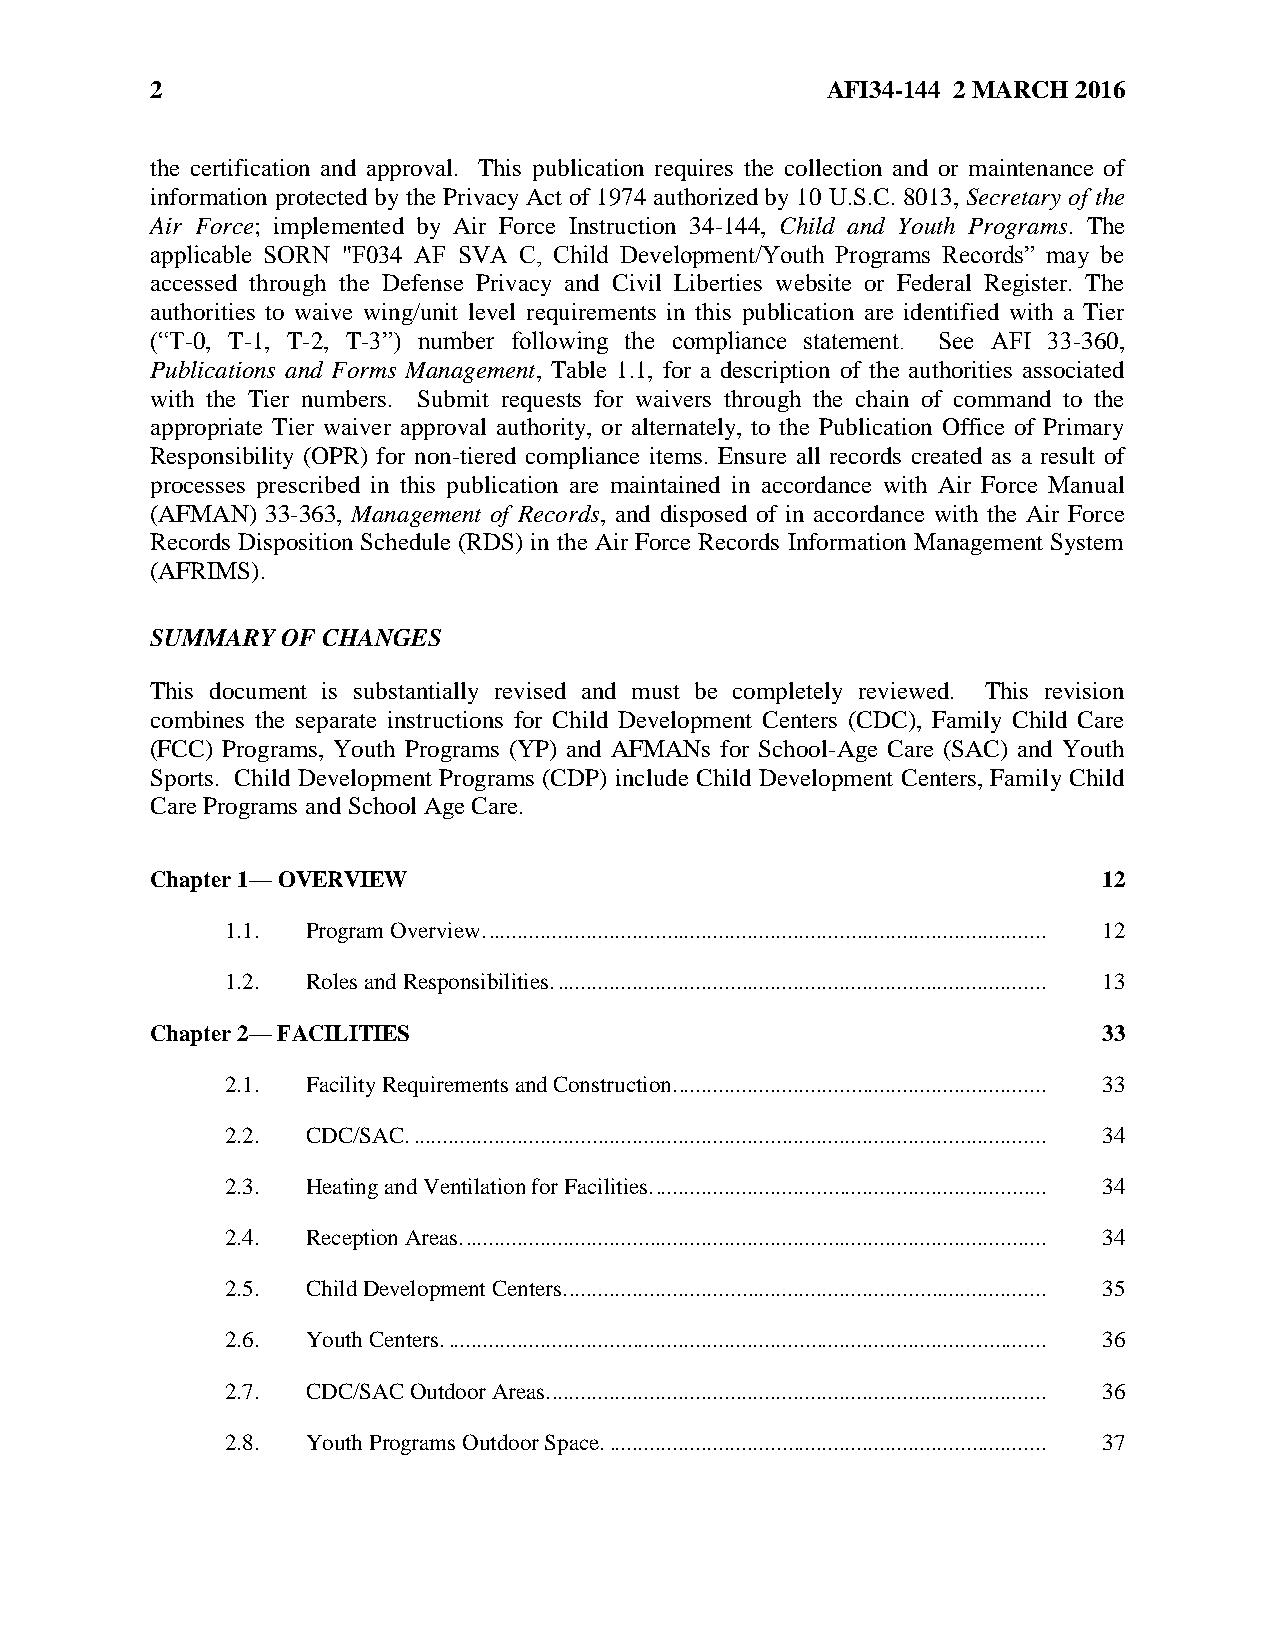
2                                            AFI34-144 2 MARCH 2016
 the certification and approval. This publication requires the collection and or maintenance of
 information protected by the Privacy Act of 1974 authorized by 10 U.S.C. 8013, Secretary of the
 Air Force; implemented by Air Force Instruction 34-144, Child and Youth Programs. The
 applicable SORN "F034 AF SVA C, Child Development/Youth Programs Records” may be
 accessed through the Defense Privacy and Civil Liberties website or Federal Register. The
 authorities to waive wing/unit level requirements in this publication are identified with a Tier
 (“T-0, T-1, T-2, T-3”) number following the compliance statement. See AFI 33-360,
 Publications and Forms Management, Table 1.1, for a description of the authorities associated
 with the Tier numbers. Submit requests for waivers through the chain of command to the
 appropriate Tier waiver approval authority, or alternately, to the Publication Office of Primary
 Responsibility (OPR) for non-tiered compliance items. Ensure all records created as a result of
 processes prescribed in this publication are maintained in accordance with Air Force Manual
 (AFMAN) 33-363, Management of Records, and disposed of in accordance with the Air Force
 Records Disposition Schedule (RDS) in the Air Force Records Information Management System
 (AFRIMS).
 SUMMARY  OF CHANGES
 This document is substantially revised and must be completely reviewed. This revision
 combines the separate instructions for Child Development Centers (CDC), Family Child Care
 (FCC) Programs, Youth Programs (YP) and AFMANs for School-Age Care (SAC) and Youth
 Sports. Child Development Programs (CDP) include Child Development Centers, Family Child
 Care Programs and School Age Care.
 Chapter 1— OVERVIEW                                            12
 1.1. Program Overview. ................................................................................................. 12
 1.2. Roles and Responsibilities. ..................................................................................... 13
 Chapter 2— FACILITIES                                          33
 2.1. Facility Requirements and Construction. ................................................................ 33
 2.2. CDC/SAC. .............................................................................................................. 34
 2.3. Heating and Ventilation for Facilities. .................................................................... 34
 2.4. Reception Areas. ..................................................................................................... 34
 2.5. Child Development Centers. ................................................................................... 35
 2.6. Youth Centers. ........................................................................................................ 36
 2.7. CDC/SAC Outdoor Areas. ...................................................................................... 36
 2.8. Youth Programs Outdoor Space. ............................................................................ 37